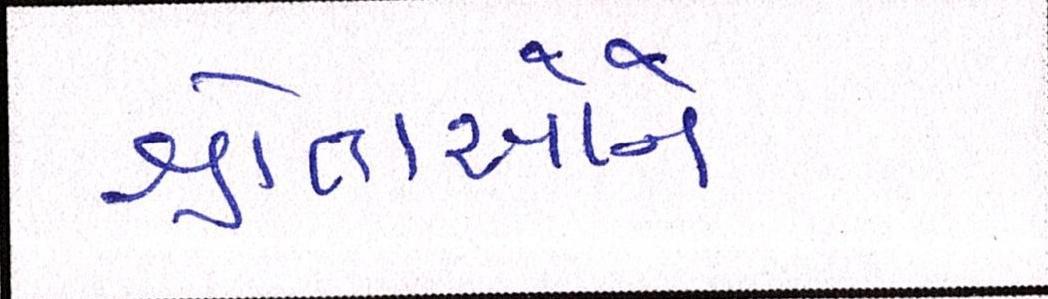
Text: શ્રોતાઓને